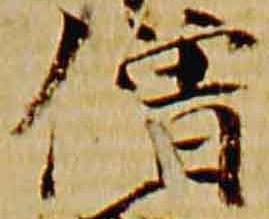
僧